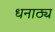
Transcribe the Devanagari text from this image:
धनाठ्य